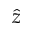
\hat { z }